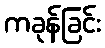
ကခုန်ခြင်း